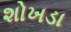
શોખડા